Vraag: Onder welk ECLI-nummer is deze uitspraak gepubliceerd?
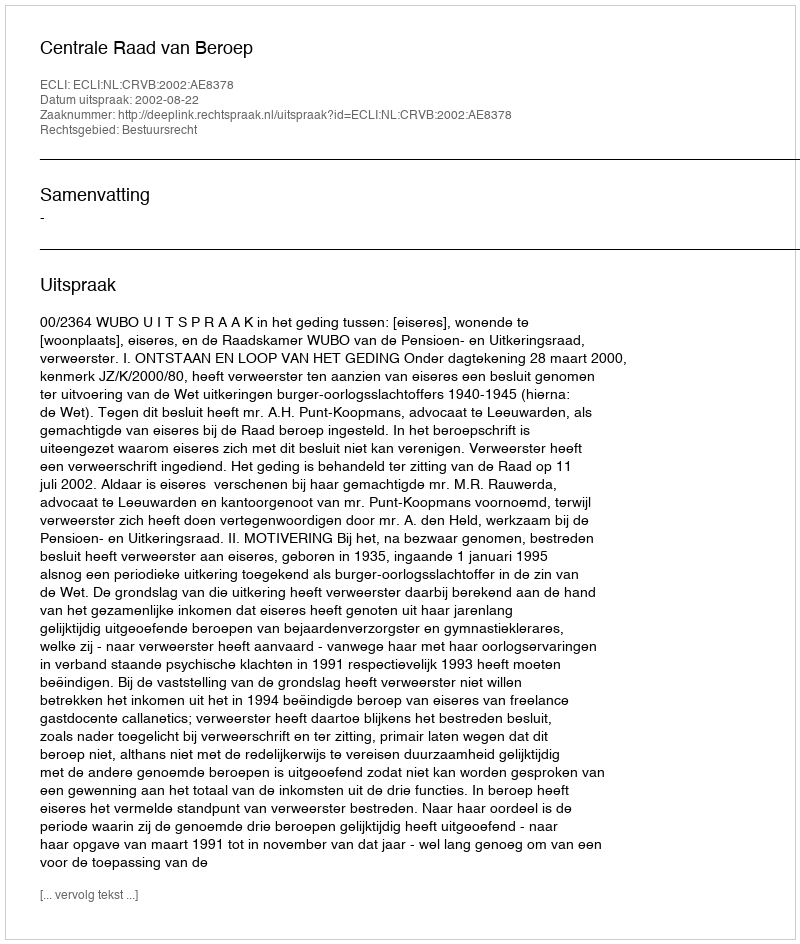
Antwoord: ECLI:NL:CRVB:2002:AE8378